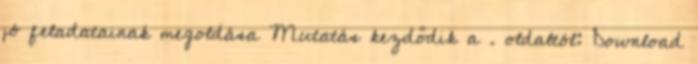
jó feladatainak megoldása Mutatás kezdődik a . oldaltól: Download